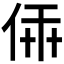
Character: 𠉔